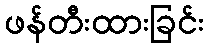
ဖန်တီးထားခြင်း